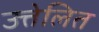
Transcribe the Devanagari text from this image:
उत्तेलित